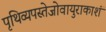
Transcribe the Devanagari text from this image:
पृथिव्यपस्तेजोवायुराकाशं